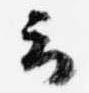
云